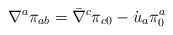
\begin{align*}\nabla^a \pi_{ab}=\bar \nabla^c \pi_{c0}-\dot u_a \pi^a_0\end{align*}